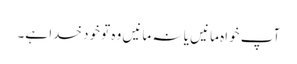
آپ خواہ مانیں یا نہ مانیں وہ تو خود خدا ہے۔